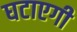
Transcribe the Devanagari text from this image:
घटाएगी